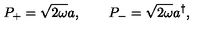
P _ { + } = \sqrt { 2 \omega } a , \qquad P _ { - } = \sqrt { 2 \omega } a ^ { \dagger } ,